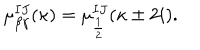
\mu _ { \beta \gamma } ^ { I J } ( \kappa ) = \mu _ { \frac 1 2 } ^ { I J } ( \kappa \pm 2 i ) .